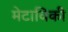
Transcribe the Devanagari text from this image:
मेटाविकी